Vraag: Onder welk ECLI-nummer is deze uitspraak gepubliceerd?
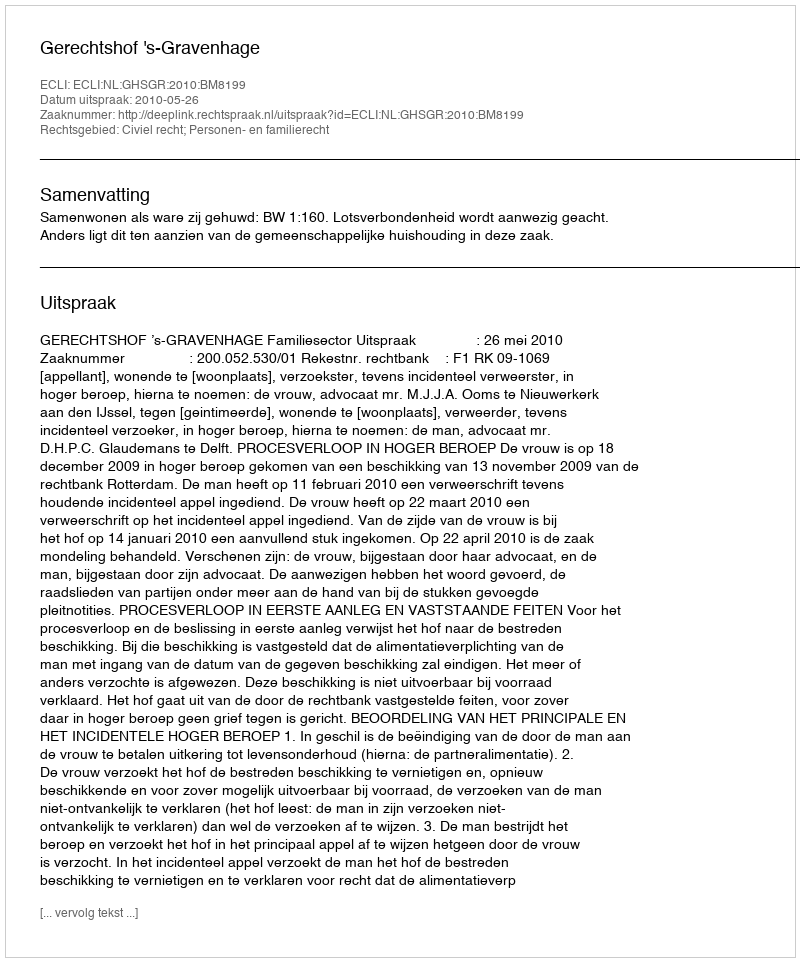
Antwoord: ECLI:NL:GHSGR:2010:BM8199